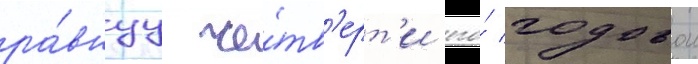
ра́внуу че́тв'ерт'и его́ годовои